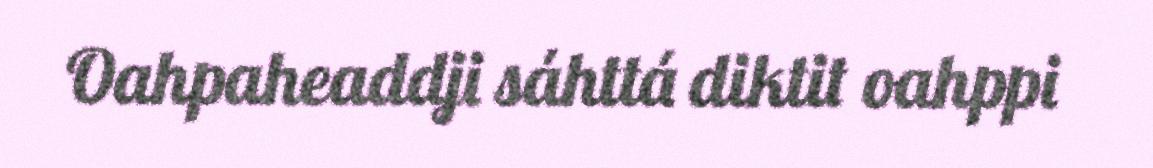
Oahpaheaddji sáhttá diktit oahppi